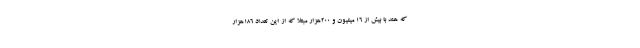
که هند با بیش از ۱۶ میلیون و ۲۰۰هزار مبتلا که از این تعداد ۱۸۶هزار